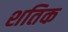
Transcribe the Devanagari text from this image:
शतिक